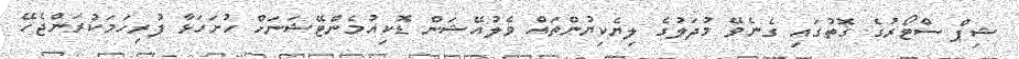
ޝިޕް ސްޓޯރުގެ ގޮތުގައި ގެނެވޭ މުދަލުގެ ލިޔެކިޔުންތައް ވެލުއޭޝަން ޑޮކިއުމެންޓޭޝަނަށް ހުށަހަޅާ ފުރިހަމަކުރަންޖެހޭ